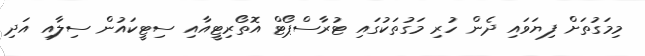
މިމަގުތަށް ފިޔަވައި ދެން ހުރި މަގުތަކުގައި ޓުރާސްޕޯޓް އޮތޯރިޓީއާއި ސިޓީކައުން ސިލާއި އަދި